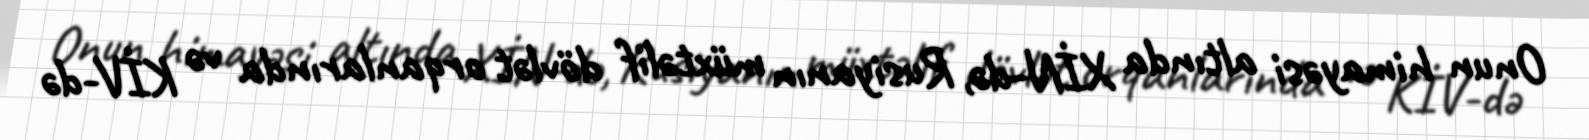
Onun himayəsi altında XİN-də, Rusiyanın müxtəlif dövlət orqanlarında və KİV-də